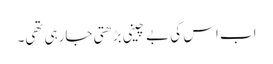
اب اس کی بے چینی بڑھتی جارہی تھی۔